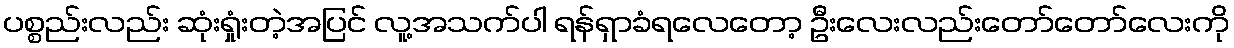
ပစ္စည်းလည်း ဆုံးရှုံးတဲ့အပြင် လူ့အသက်ပါ ရန်ရှာခံရလေတော့ ဦးလေးလည်းတော်တော်လေးကို